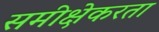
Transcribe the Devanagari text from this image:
समीक्षेकरता